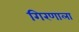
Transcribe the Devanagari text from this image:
गिरणाला